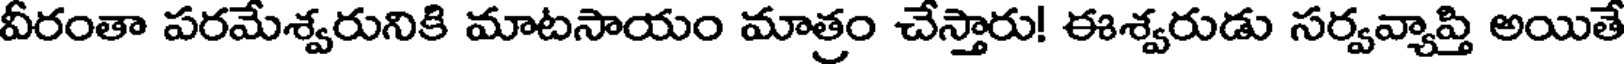
వీరంతా పరమేశ్వరునికి మాటసాయం మాత్రం చేస్తారు! ఈశ్వరుడు సర్వవ్యాప్తి అయితే